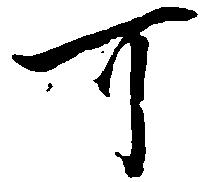
可